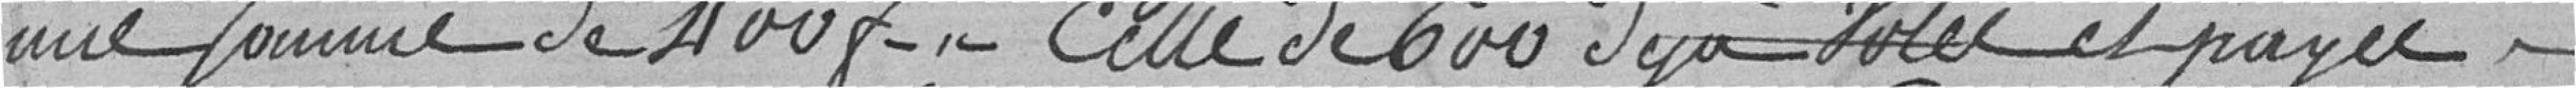
une somme de 400 francs. Celle de 600 francs déjà voté et payée,